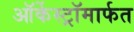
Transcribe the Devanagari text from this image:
ऑर्केस्ट्रॉमार्फत